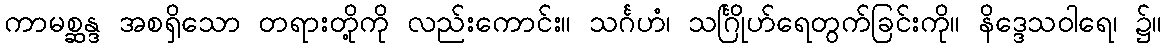
ကာမစ္ဆန္ဒ အစရှိသော တရားတို့ကို လည်းကောင်း။ သင်္ဂဟံ၊ သင်္ဂြိုဟ်ရေတွက်ခြင်းကို။ နိဒ္ဒေသဝါရေ၊ ၌။